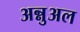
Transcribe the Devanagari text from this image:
अन्नुअल